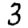
Digit: 3